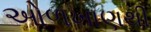
ઓળખાણથી